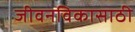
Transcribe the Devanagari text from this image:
जीवनविकासाठी